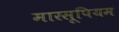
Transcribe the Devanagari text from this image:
मारसूपियम